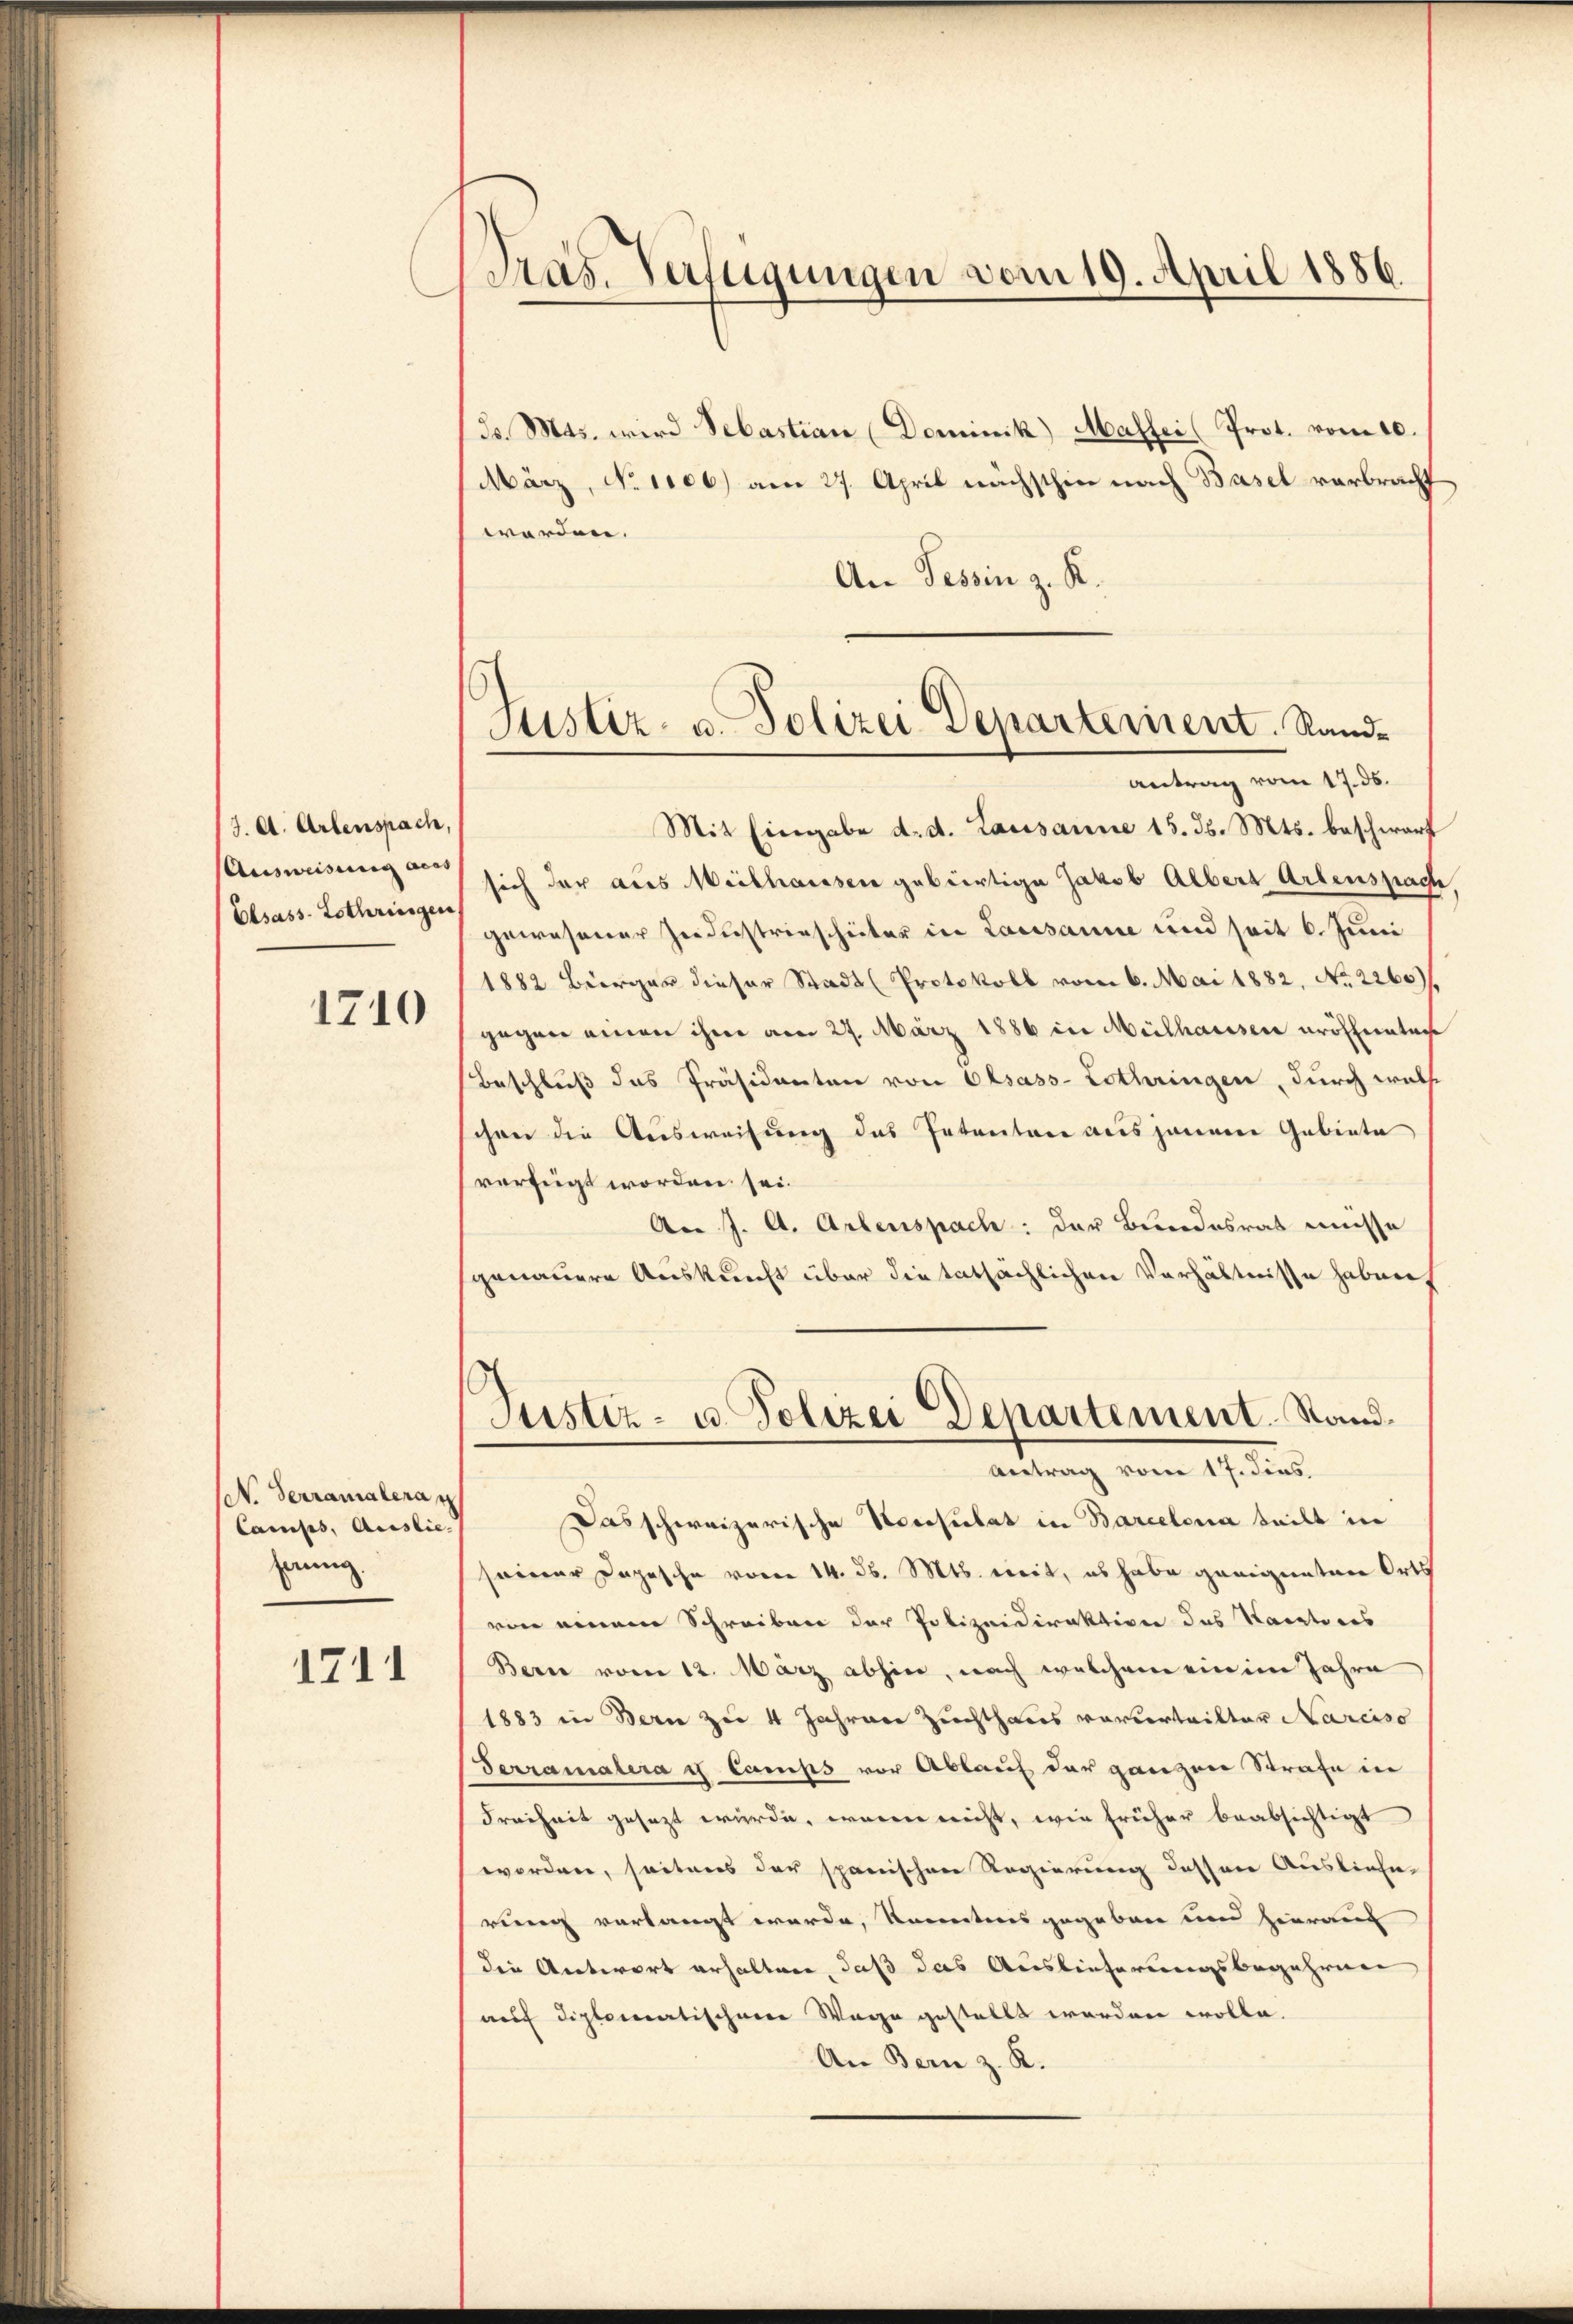
J. A. Artenspach,
Ausweisung acas
Elsass-Lothringen

1710

(N. Terramaterat
Camises, Auslie
ferung.

1711

Pras. Verfügungen vom 19. April 1886.

Fr. Mts. wird Sebastian Dominik) Masser (Prot. vom 10.
März, No 1100) am 27. April nächsthin nach Basel verbracht
werden.
An Tessin z. R.
Mit Eingabe d. d. Lausanne 15. d. Mts. beschwart
sich der aus Weilhausen gebürtige Jakob Albert Artenspach
gewesener Industriescheiter in Lausanne und seit 6. Juni
1882 Bürger dieser Stadt (Protokoll vom 6. Mai 1882, No 2260).
gegen einen ihme am 27. März 1886 in Mülhauser eröffentag
Beschluß das Präsidenten von Olsass-Lothringen, durch wach
schon die Ausweisung des Intentare aus jenere Gebiete
verfügt worden sei.
An J. A. Arbenspach: der Bundesrat müsse
genauere Auskunft über die tatsächlichen Verhältnisse haben
Justiz- u. Polizei Departement. Stand.
Antrag vom 17. dies
Das schweizerische Nocrsulat in Barcelona teilt in
seiner Depesche voren 14. d. Mts. weit, es habe genig untere Orts
von einem Schreiben der Polizeidirektion des Karatores
Berne vom 12. März abhin, nach welchem ein im Jahre
1883 in Bern zu 4 Jahrere Zuchthaus vorvertritter Narcaso
Terramalera i camps vor Ablauf der ganzen Strafe in
Freiheit gesezt würde, wenn nicht, wie früher beabsichtigt
worden, seitens der spanischen Regierung dessen Ausliefe
rung verlangt werde, kanntnis gegeben und hierauf
die Antwort erhalten, daß das Auslieferungsbegehrnen
auf diplomatischen Wege gestellt worden wolle.
An Bern z. K.

Justiz- u. Polizei Departement. Sandantrag vom 17. ds.